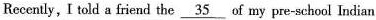
Recently, I told a friend the \underline{35} of my pre-school Indian